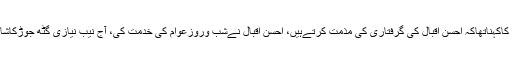
مریم اورنگزیب کاکہناتھاکہ احسن اقبال کی گرفتاری کی مذمت کرتےہیں، احسن اقبال نےشب وروزعوام کی خدمت کی، آج نیب نیازی گٹھ جوڑکاشاہکارپیش کیاگیا۔